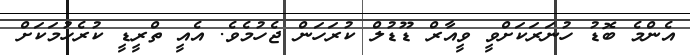
އެންމެ ބޮޑު ހުނަރަކަށްވީ ވީއާރް ޑޫޑުލް ކުރަހަން ޖެހުމެވެ. އެއީ ތްރީޑީ ކުރެހުމަކަށް